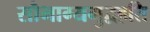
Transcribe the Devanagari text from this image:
सौभाग्यमुद्वहति